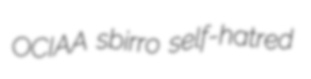
OCIAA sbirro self-hatred